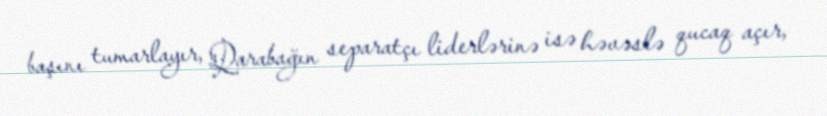
başını tumarlayır, Qarabağın separatçı liderlərinə isə həvəslə qucaq açır,